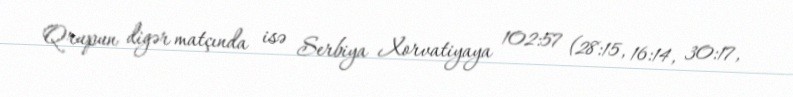
Qrupun digər matçında isə Serbiya Xorvatiyaya 102:57 (28:15, 16:14, 30:17,